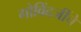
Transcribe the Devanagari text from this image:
गोविंदजींचे